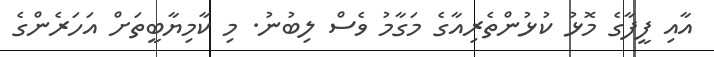
އާއި ފީފާގެ މޮޅު ކުޅުންތެރިއާގެ މަގާމު ވެސް ލިބުނު. މި ކާމިޔާބީތަށް އަހަރެންގެ